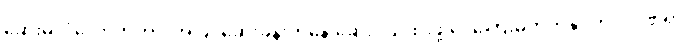
ဆေးမလုံလောက်တာ၊ အပြင်ဆေးခန်းကနေ ဆေးဝယ်ထိုးဖို့ ငွေကြေးမတတ်နိုင်တာ၊ ဒဏ်ရာ